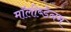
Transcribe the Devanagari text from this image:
मॉलीब्डेनम